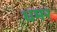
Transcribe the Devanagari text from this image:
धमर